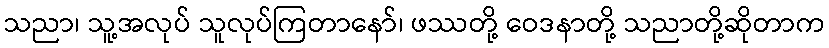
သညာ၊ သူ့အလုပ် သူလုပ်ကြတာနော်၊ ဖဿတို့ ဝေဒနာတို့ သညာတို့ဆိုတာက